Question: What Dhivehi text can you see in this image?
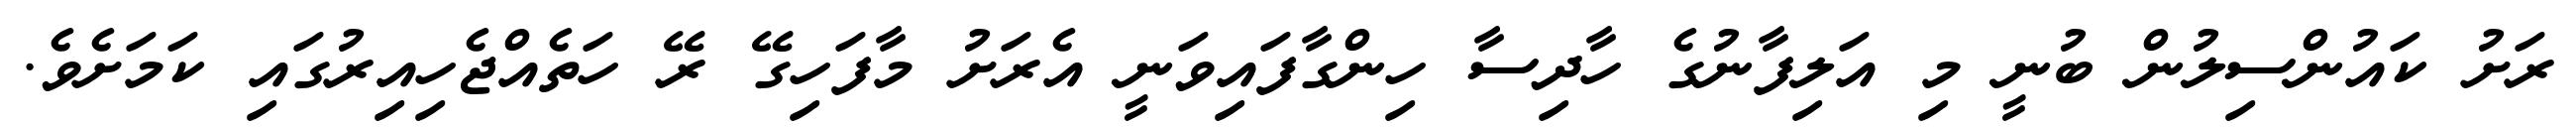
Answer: ރަށު ކައުންސިލުން ބުނީ މި އަލިފާނުގެ ހާދިސާ ހިންގާފައިވަނީ އެރަށު މާފަހިގޭ ރޭ ހަތެއްޖެހިއިރުގައި ކަމަށެވެ.